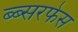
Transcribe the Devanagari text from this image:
ब्ब्सरफेस